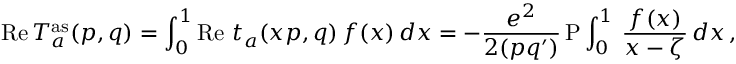
\mathrm { R e } \, T _ { a } ^ { \mathrm { a s } } ( p , q ) = \int _ { 0 } ^ { 1 } \mathrm { R e } \ t _ { a } ( x p , q ) \, f ( x ) \, d x = - \frac { e ^ { 2 } } { 2 ( p q ^ { \prime } ) } \, \mathrm { P } \int _ { 0 } ^ { 1 } \, \frac { f ( x ) } { x - \zeta } \, d x \, ,